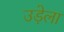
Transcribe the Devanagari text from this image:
उड़ेला